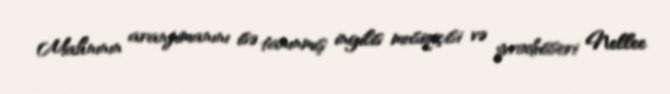
Mahnının aranjimanını isə tanınmış ingilis musiqiçisi və produsseri Nellee